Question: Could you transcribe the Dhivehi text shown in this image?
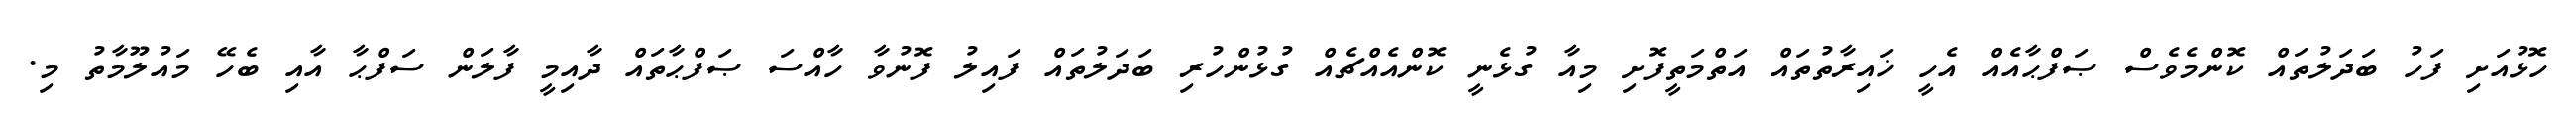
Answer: ހޮޅުއަށި ފަހު ބަދަލުތައް ކޮންމެވެސް ޞަފްޙާއެއް އެހީ ޚައިރާތުތައް އަތްމަތީފޮށި މިއާ ގުޅެނީ ކޮންއެއްޗެއް ގުޅުންހުރި ބަދަލުތައް ފައިލު ފޮނުވާ ހާއްސަ ޞަފްޙާތައް ދާއިމީ ފާލަން ސަފްޙާ އާއި ބެހޭ މައުލޫމާތު މި.